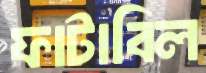
ফাটাবিল